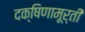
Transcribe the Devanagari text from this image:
दक्षिणामूर्ती